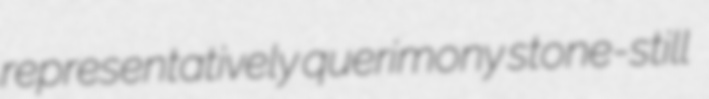
representatively querimony stone-still